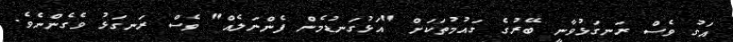
އަގު ވެސް ރަނގަޅުވާނީ ބޭރުގެ ގައުމުތަކަށް "އަޅުގަނޑުމެން ފެންނަލެއް" ވެސް ރަނގަޅު ވެގެންނެވެ.